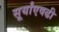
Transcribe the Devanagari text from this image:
सूर्यांएवढी